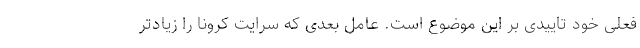
فعلی خود تاییدی بر این موضوع است. عامل بعدی که سرایت کرونا را زیادتر